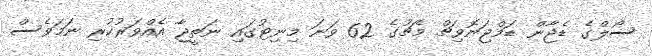
ސޯލްގެ ޑެޖާން ޑަމްޖަނޮވިޗް މެޗުގެ 62 ވަނަ މިނިޓުގައި ނަތީޖާ އެއްވަރުކުރި ނަމަވެސް